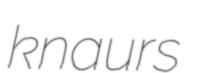
knaurs